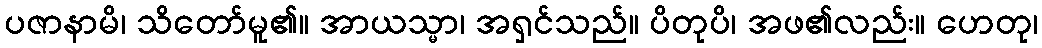
ပဇာနာမိ၊ သိတော်မူ၏။ အာယသ္မာ၊ အရှင်သည်။ ပိတုပိ၊ အဖ၏လည်း။ ဟေတု၊